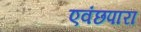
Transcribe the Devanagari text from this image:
एवंछपारा